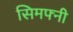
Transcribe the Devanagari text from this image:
सिमफ्नी